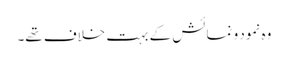
وہ نمود و نمائش کے بہت خلاف تھے۔